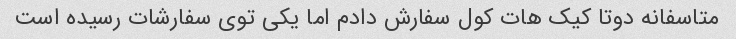
متاسفانه دوتا کیک هات کول سفارش دادم اما یکی توی سفارشات رسیده است